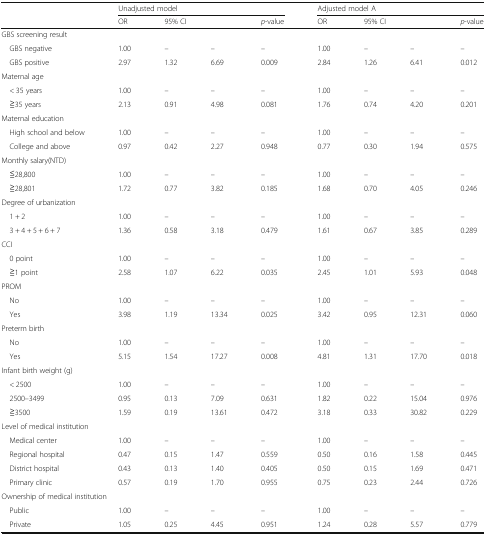
<table><thead><tr><td rowspan="2"></td><td colspan="4"><b>Unadjusted model</b></td><td colspan="4"><b>Adjusted model A</b></td></tr><tr><td><b>OR</b></td><td colspan="2"><b>95% CI</b></td><td><b><i>p</i>-value</b></td><td><b>OR</b></td><td colspan="2"><b>95% CI</b></td><td><b><i>p</i>-value</b></td></tr></thead><tbody><tr><td colspan="9">GBS screening result</td></tr><tr><td> GBS negative</td><td>1.00</td><td>–</td><td>–</td><td>–</td><td>1.00</td><td>–</td><td>–</td><td>–</td></tr><tr><td> GBS positive</td><td>2.97</td><td>1.32</td><td>6.69</td><td>0.009</td><td>2.84</td><td>1.26</td><td>6.41</td><td>0.012</td></tr><tr><td colspan="9">Maternal age</td></tr><tr><td> &lt; 35 years</td><td>1.00</td><td>–</td><td>–</td><td>–</td><td>1.00</td><td>–</td><td>–</td><td>–</td></tr><tr><td> ≧35 years</td><td>2.13</td><td>0.91</td><td>4.98</td><td>0.081</td><td>1.76</td><td>0.74</td><td>4.20</td><td>0.201</td></tr><tr><td colspan="9">Maternal education</td></tr><tr><td> High school and below</td><td>1.00</td><td>–</td><td>–</td><td>–</td><td>1.00</td><td>–</td><td>–</td><td>–</td></tr><tr><td> College and above</td><td>0.97</td><td>0.42</td><td>2.27</td><td>0.948</td><td>0.77</td><td>0.30</td><td>1.94</td><td>0.575</td></tr><tr><td colspan="9">Monthly salary(NTD)</td></tr><tr><td> ≦28,800</td><td>1.00</td><td>–</td><td>–</td><td>–</td><td>1.00</td><td>–</td><td>–</td><td>–</td></tr><tr><td> ≧28,801</td><td>1.72</td><td>0.77</td><td>3.82</td><td>0.185</td><td>1.68</td><td>0.70</td><td>4.05</td><td>0.246</td></tr><tr><td colspan="9">Degree of urbanization</td></tr><tr><td> 1 + 2</td><td>1.00</td><td>–</td><td>–</td><td>–</td><td>1.00</td><td>–</td><td>–</td><td>–</td></tr><tr><td> 3 + 4 + 5 + 6 + 7</td><td>1.36</td><td>0.58</td><td>3.18</td><td>0.479</td><td>1.61</td><td>0.67</td><td>3.85</td><td>0.289</td></tr><tr><td colspan="9">CCI</td></tr><tr><td> 0 point</td><td>1.00</td><td>–</td><td>–</td><td>–</td><td>1.00</td><td>–</td><td>–</td><td>–</td></tr><tr><td> ≧1 point</td><td>2.58</td><td>1.07</td><td>6.22</td><td>0.035</td><td>2.45</td><td>1.01</td><td>5.93</td><td>0.048</td></tr><tr><td colspan="9">PROM</td></tr><tr><td> No</td><td>1.00</td><td>–</td><td>–</td><td>–</td><td>1.00</td><td>–</td><td>–</td><td>–</td></tr><tr><td> Yes</td><td>3.98</td><td>1.19</td><td>13.34</td><td>0.025</td><td>3.42</td><td>0.95</td><td>12.31</td><td>0.060</td></tr><tr><td colspan="9">Preterm birth</td></tr><tr><td> No</td><td>1.00</td><td>–</td><td>–</td><td>–</td><td>1.00</td><td>–</td><td>–</td><td>–</td></tr><tr><td> Yes</td><td>5.15</td><td>1.54</td><td>17.27</td><td>0.008</td><td>4.81</td><td>1.31</td><td>17.70</td><td>0.018</td></tr><tr><td colspan="9">Infant birth weight (g)</td></tr><tr><td> &lt; 2500</td><td>1.00</td><td>–</td><td>–</td><td>–</td><td>1.00</td><td>–</td><td>–</td><td>–</td></tr><tr><td> 2500–3499</td><td>0.95</td><td>0.13</td><td>7.09</td><td>0.631</td><td>1.82</td><td>0.22</td><td>15.04</td><td>0.976</td></tr><tr><td> ≧3500</td><td>1.59</td><td>0.19</td><td>13.61</td><td>0.472</td><td>3.18</td><td>0.33</td><td>30.82</td><td>0.229</td></tr><tr><td colspan="9">Level of medical institution</td></tr><tr><td> Medical center</td><td>1.00</td><td>–</td><td>–</td><td>–</td><td>1.00</td><td>–</td><td>–</td><td>–</td></tr><tr><td> Regional hospital</td><td>0.47</td><td>0.15</td><td>1.47</td><td>0.559</td><td>0.50</td><td>0.16</td><td>1.58</td><td>0.445</td></tr><tr><td> District hospital</td><td>0.43</td><td>0.13</td><td>1.40</td><td>0.405</td><td>0.50</td><td>0.15</td><td>1.69</td><td>0.471</td></tr><tr><td> Primary clinic</td><td>0.57</td><td>0.19</td><td>1.70</td><td>0.955</td><td>0.75</td><td>0.23</td><td>2.44</td><td>0.726</td></tr><tr><td colspan="9">Ownership of medical institution</td></tr><tr><td> Public</td><td>1.00</td><td>–</td><td>–</td><td>–</td><td>1.00</td><td>–</td><td>–</td><td>–</td></tr><tr><td> Private</td><td>1.05</td><td>0.25</td><td>4.45</td><td>0.951</td><td>1.24</td><td>0.28</td><td>5.57</td><td>0.779</td></tr></tbody></table>